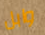
وابل